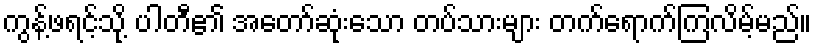
ကွန့်ဖရင့်သို့ ပါတီ၏ အတော်ဆုံးသော တပ်သားများ တက်ရောက်ကြလိမ့်မည်။